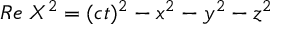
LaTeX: R e \; { \cal X } ^ { 2 } = ( c t ) ^ { 2 } - x ^ { 2 } - y ^ { 2 } - z ^ { 2 }